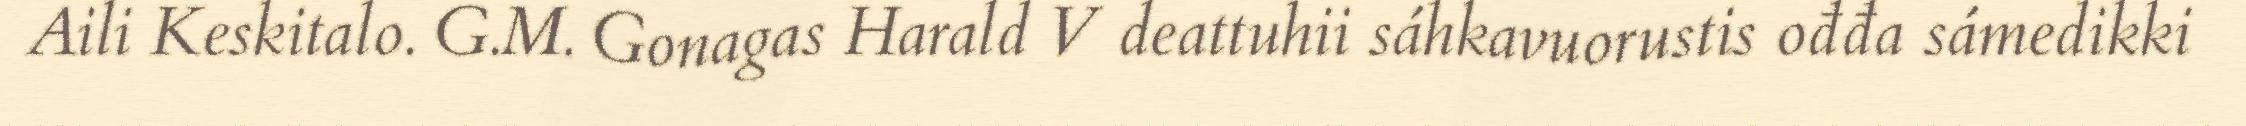
Aili Keskitalo. G.M. Gonagas Harald V deattuhii sáhkavuorustis ođđa sámedikki